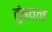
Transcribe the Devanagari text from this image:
तुंबवन